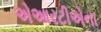
એઆરટીએના